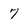
Character: 7